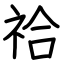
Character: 祫